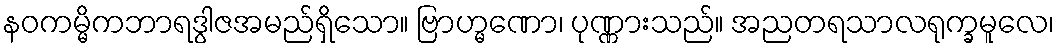
နဝကမ္မိကဘာရဒွါဇအမည်ရှိသော။ ဗြာဟ္မဏော၊ ပုဏ္ဏားသည်။ အညတရသာလရုက္ခမူလေ၊